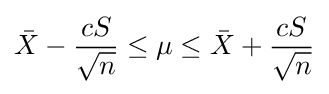
{\bar {X}}-{\frac {cS}{\sqrt {n}}}\leq \mu \leq {\bar {X}}+{\frac {cS}{\sqrt {n}}}